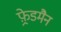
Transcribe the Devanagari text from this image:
फ़्रेडमैन